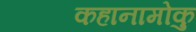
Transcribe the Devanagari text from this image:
कहानामोकु